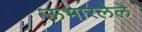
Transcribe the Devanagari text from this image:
ऊभारलेले